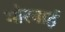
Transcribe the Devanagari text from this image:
मोरनाई